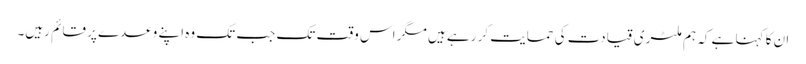
ان کا کہنا ہے کہ ہم ملٹری قیادت کی حمایت کر رہے ہیں مگر اس وقت تک جب تک وہ اپنے وعدے پر قائم رہیں۔